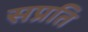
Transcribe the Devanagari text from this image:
सप्रति